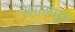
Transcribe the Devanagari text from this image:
रेशासमूह